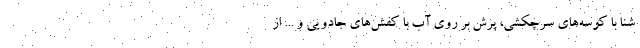
شنا با کوسه‌های سرچکشی، پرش بر روی آب با کفش‌های جادویی و ... از